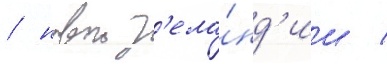
/ новои з'ела́нд'ии /